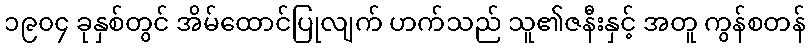
၁၉၀၄ ခုနှစ်တွင် အိမ်ထောင်ပြုလျက် ဟက်သည် သူ၏ဇနီးနှင့် အတူ ကွန်စတန်